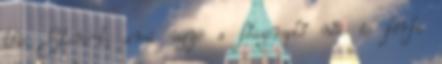
the Stone-t, ami ugye a főszereplő női és férfi